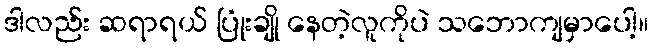
ဒါလည်း ဆရာရယ် ပြုံးချို နေတဲ့လူကိုပဲ သဘောကျမှာပေါ့။